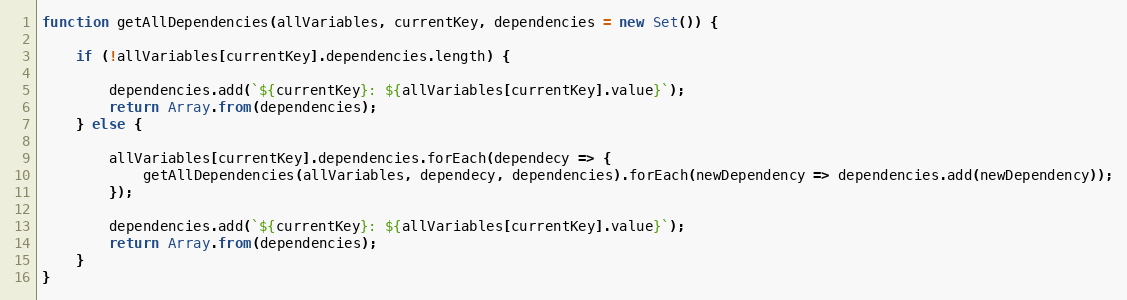
Language: JavaScript
function getAllDependencies(allVariables, currentKey, dependencies = new Set()) {

    if (!allVariables[currentKey].dependencies.length) {

        dependencies.add(`${currentKey}: ${allVariables[currentKey].value}`);
        return Array.from(dependencies);
    } else {

        allVariables[currentKey].dependencies.forEach(dependecy => {
            getAllDependencies(allVariables, dependecy, dependencies).forEach(newDependency => dependencies.add(newDependency));
        });

        dependencies.add(`${currentKey}: ${allVariables[currentKey].value}`);
        return Array.from(dependencies);
    }
}